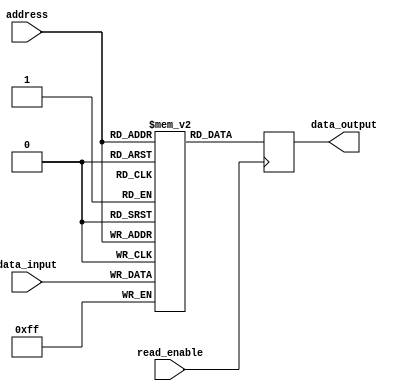
module flash_rom (
    input wire [7:0] address,
    input wire read_enable,
    input wire [7:0] data_input,
    output reg [7:0] data_output
);

reg [7:0] memory [0:255]; // 256 memory blocks

always @ (posedge read_enable)
begin
    data_output <= memory[address];
end

// Interface for writing data into memory blocks
always @ (posedge write_enable)
begin
    memory[address] <= data_input;
end

endmodule